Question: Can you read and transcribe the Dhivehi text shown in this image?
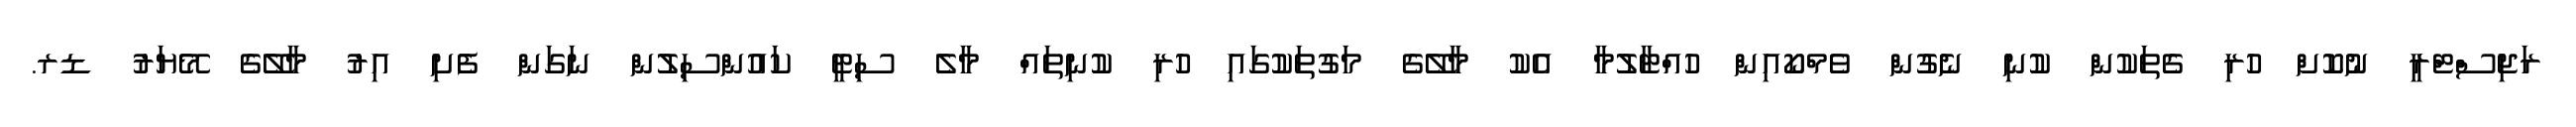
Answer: ރަޖިސްޓްރީ ނުކޮށް ހުރި ގެތަކުން ކުނި ނެގުން ވެމްކޯއިން ހުއްޓާލުމާ އެކު މާލޭގެ މަގުތަކުގައި ހުރި ކުނިތައް މާލެ ސިޓީ ކައުންސިލުން ނަގަން ފެށި އިރު މާލޭގެ މޭޔަރު ޑރ.